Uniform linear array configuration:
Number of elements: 8
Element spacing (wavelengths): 0.75
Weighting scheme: blackman
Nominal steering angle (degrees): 15
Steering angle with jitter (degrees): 13.379
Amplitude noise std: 0.05
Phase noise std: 0.05

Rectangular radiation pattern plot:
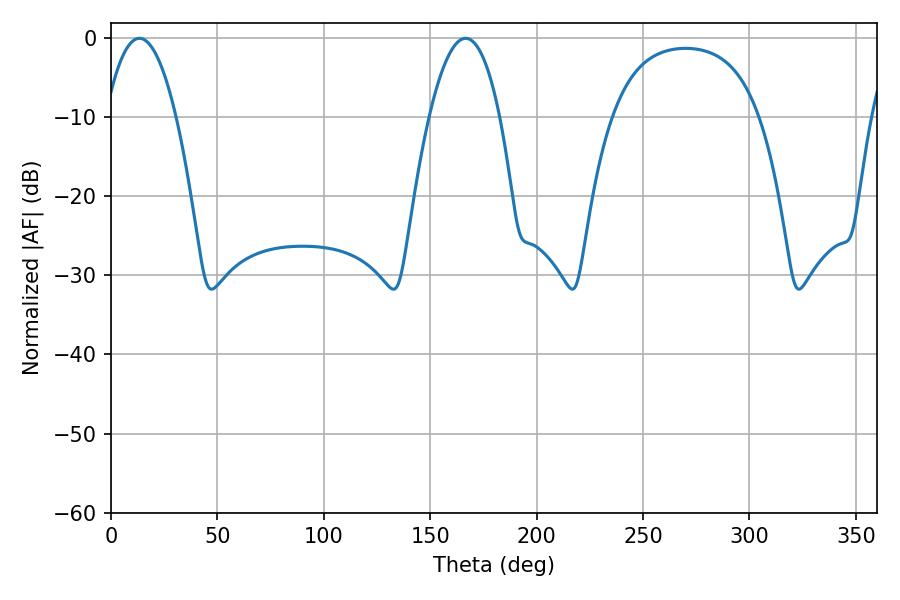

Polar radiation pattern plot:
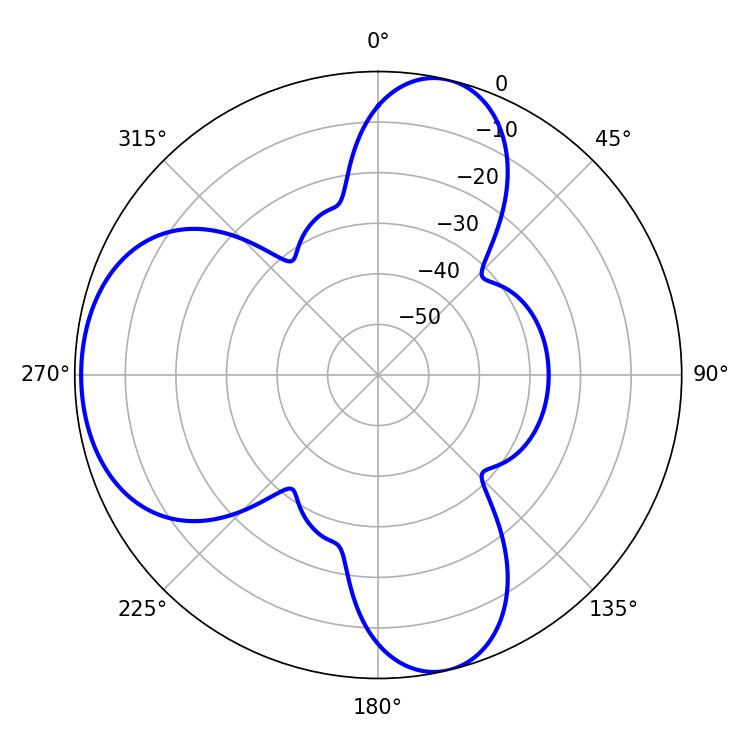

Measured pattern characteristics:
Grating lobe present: TRUE
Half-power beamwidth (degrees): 18.36
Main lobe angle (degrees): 13.32